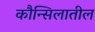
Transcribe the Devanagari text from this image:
कौन्सिलातील